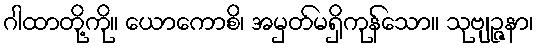
ဂါထာတို့ကို။ ယောကောစိ၊ အမှတ်မရှိကုန်သော။ သုဗျဉ္ဇနာ၊